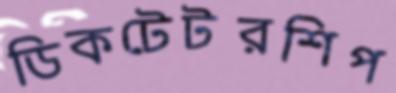
ডিকটেটরশিপ